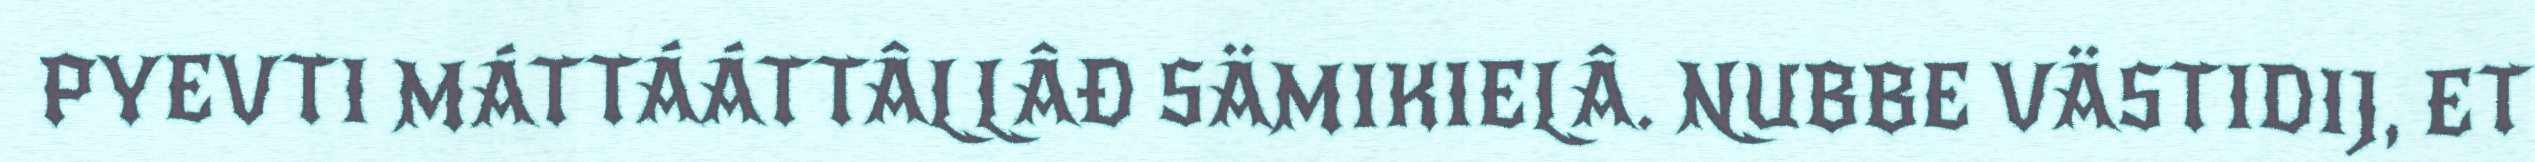
PYEVTI MÁTTÁÁTTÂLLÂĐ SÄMIKIELÂ. NUBBE VÄSTIDIJ, ET